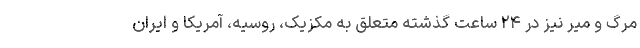
مرگ و میر نیز در ۲۴ ساعت گذشته متعلق به مکزیک، روسیه، آمریکا و ایران